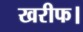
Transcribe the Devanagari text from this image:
खरीफ।